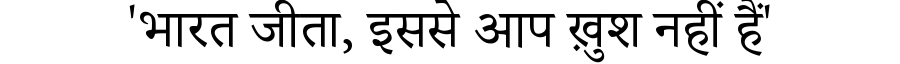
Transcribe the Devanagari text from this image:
'भारत जीता, इससे आप ख़ुश नहीं हैं'